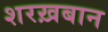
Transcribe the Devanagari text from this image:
शरख़बान